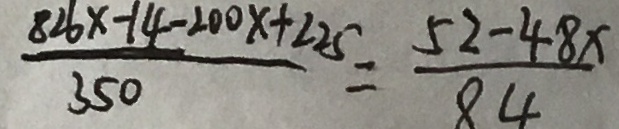
\frac { 8 2 6 x - 1 4 - 2 0 0 x + 2 2 5 } { 3 5 0 } = \frac { 5 2 - 4 8 x } { 8 4 }